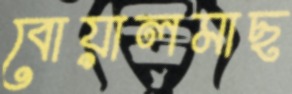
বোয়ালমাছ